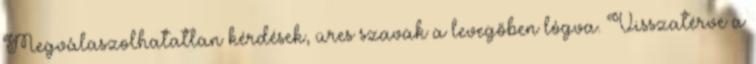
Megválaszolhatatlan kérdések, üres szavak a levegőben lógva. Visszatérve a